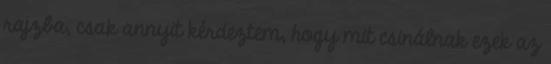
rajzba, csak annyit kérdeztem, hogy mit csinálnak ezek az